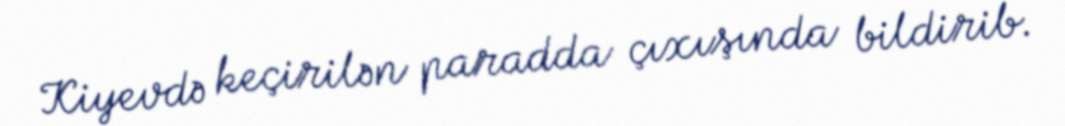
Kiyevdə keçirilən paradda çıxışında bildirib.